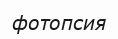
фотопсия